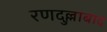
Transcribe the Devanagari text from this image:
रणदुल्लाबाद